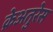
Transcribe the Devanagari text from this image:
क्रेअतुरेस